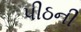
પીઠની